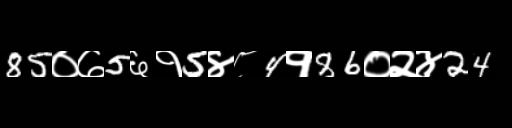
Text: 85०७5६१5४८4१86०२४24